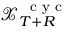
\mathcal X _ { T + R } ^ { \mathrm { ~ \scriptsize ~ c ~ y ~ c ~ } }